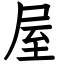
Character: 屋